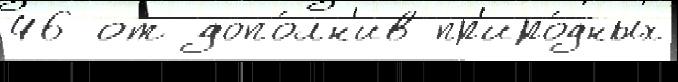
46 от допо́лн'ив пр'иро́дных